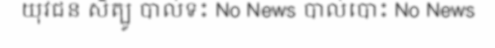
យុវជន សិត្បូ បាល់ទះ No News បាល់បោះ No News